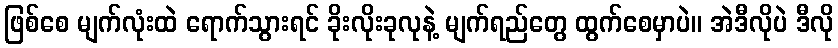
ဖြစ်စေ မျက်လုံးထဲ ရောက်သွားရင် ခိုးလိုးခုလုနဲ့ မျက်ရည်တွေ ထွက်စေမှာပဲ။ အဲဒီလိုပဲ ဒီလို